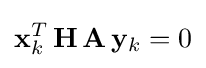
\mathbf {x} _{k}^{T}\,\mathbf {H} \,\mathbf {A} \,\mathbf {y} _{k}=0